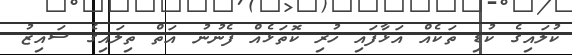
ކުލައިގެ ކުޑި ތަކެއް އަޅާފައި ހުރި ކޮތަޅެއް ފެނުނު އަތް ތިލައިގެ ސައިޒު